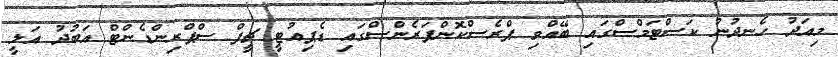
މިއަދު ހެނދުނު ކަސްޓަމްސްގައި ބޭއްވި ޕްރެސްކޮންފަރެންސްގައި ޑެޕިއުޓީ ޗީފް ސްޕްރިންޑެންޓް އަބުދު އަލީ